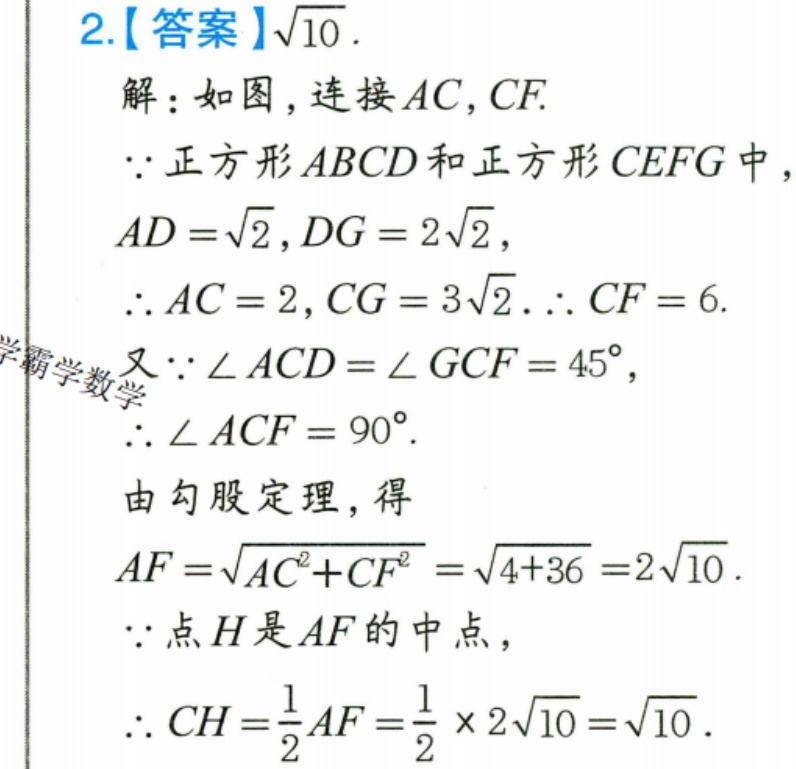
2.【答案】\(\sqrt{10}\).
解：如图，连接 \(AC,CF\).
\(\because\)正方形 \(ABCD\)和正方形 \(CEFG\)中，
\(AD = \sqrt{2},DG = 2\sqrt{2}\)，
\(\therefore AC = 2,CG = 3\sqrt{2}\). \(\therefore CF = 6\).
又\(\because\angle ACD=\angle GCF = 45^{\circ}\)，
\(\therefore\angle ACF = 90^{\circ}\).
由勾股定理，得
\(AF=\sqrt{AC^{2}+CF^{2}}=\sqrt{4 + 36}=2\sqrt{10}\).
\(\because\)点 \(H\)是 \(AF\)的中点，
\(\therefore CH=\dfrac{1}{2}AF=\dfrac{1}{2}\times2\sqrt{10}=\sqrt{10}\).